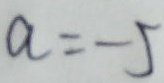
a = - 5